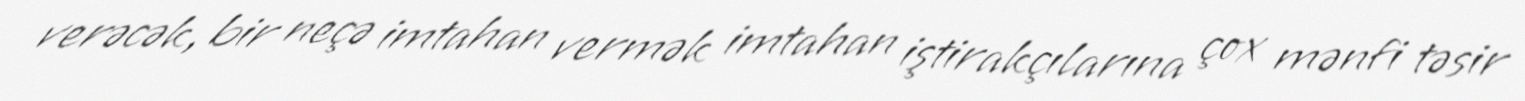
verəcək, bir neçə imtahan vermək imtahan iştirakçılarına çox mənfi təsir